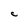
Character: C